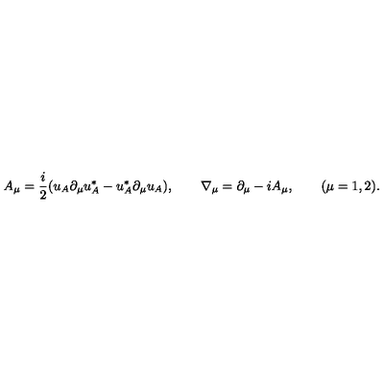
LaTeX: A _ { \mu } = \frac { i } { 2 } ( u _ { A } \partial _ { \mu } u _ { A } ^ { * } - u _ { A } ^ { * } \partial _ { \mu } u _ { A } ) , \qquad \nabla _ { \mu } = \partial _ { \mu } - i A _ { \mu } , \qquad ( \mu = 1 , 2 ) .